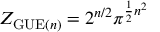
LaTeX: Z _ { { \mathrm { G U E } } ( n ) } = 2 ^ { n / 2 } \pi ^ { { \frac { 1 } { 2 } } n ^ { 2 } }